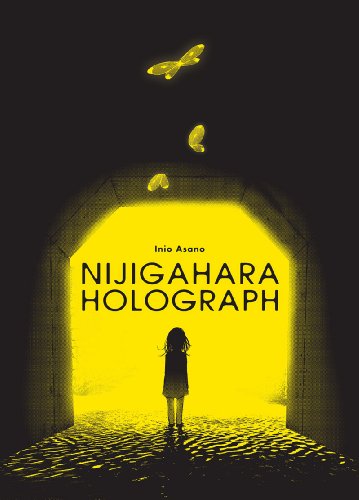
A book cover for Nijigahara Holograph; Inio Asano; Comics & Graphic Novels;